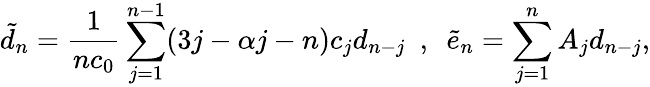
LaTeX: \tilde{d}_{n}=\frac{1}{nc_{0}}\sum_{j=1}^{n-1}(3j-\alpha j-n)c_{j}d_{n-j}~~,~~\tilde{e}_{n}=\sum_{j=1}^{n}A_{j}d_{n-j},